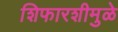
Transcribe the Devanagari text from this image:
शिफारशीमुळे